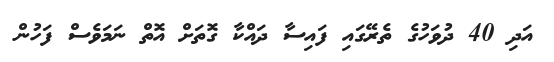
އަދި 40 ދުވަހުގެ ތެރޭގައި ފައިސާ ދައްކާ ގޮތަށް އޮތް ނަމަވެސް ފަހުން